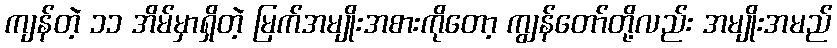
ကျန်တဲ့ ၁၁ အိမ်မှာရှိတဲ့ မြက်အမျိုးအစားကိုတော့ ကျွန်တော်တို့လည်း အမျိုးအမည်